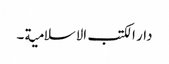
دار الکتب الاسلامیة ۔